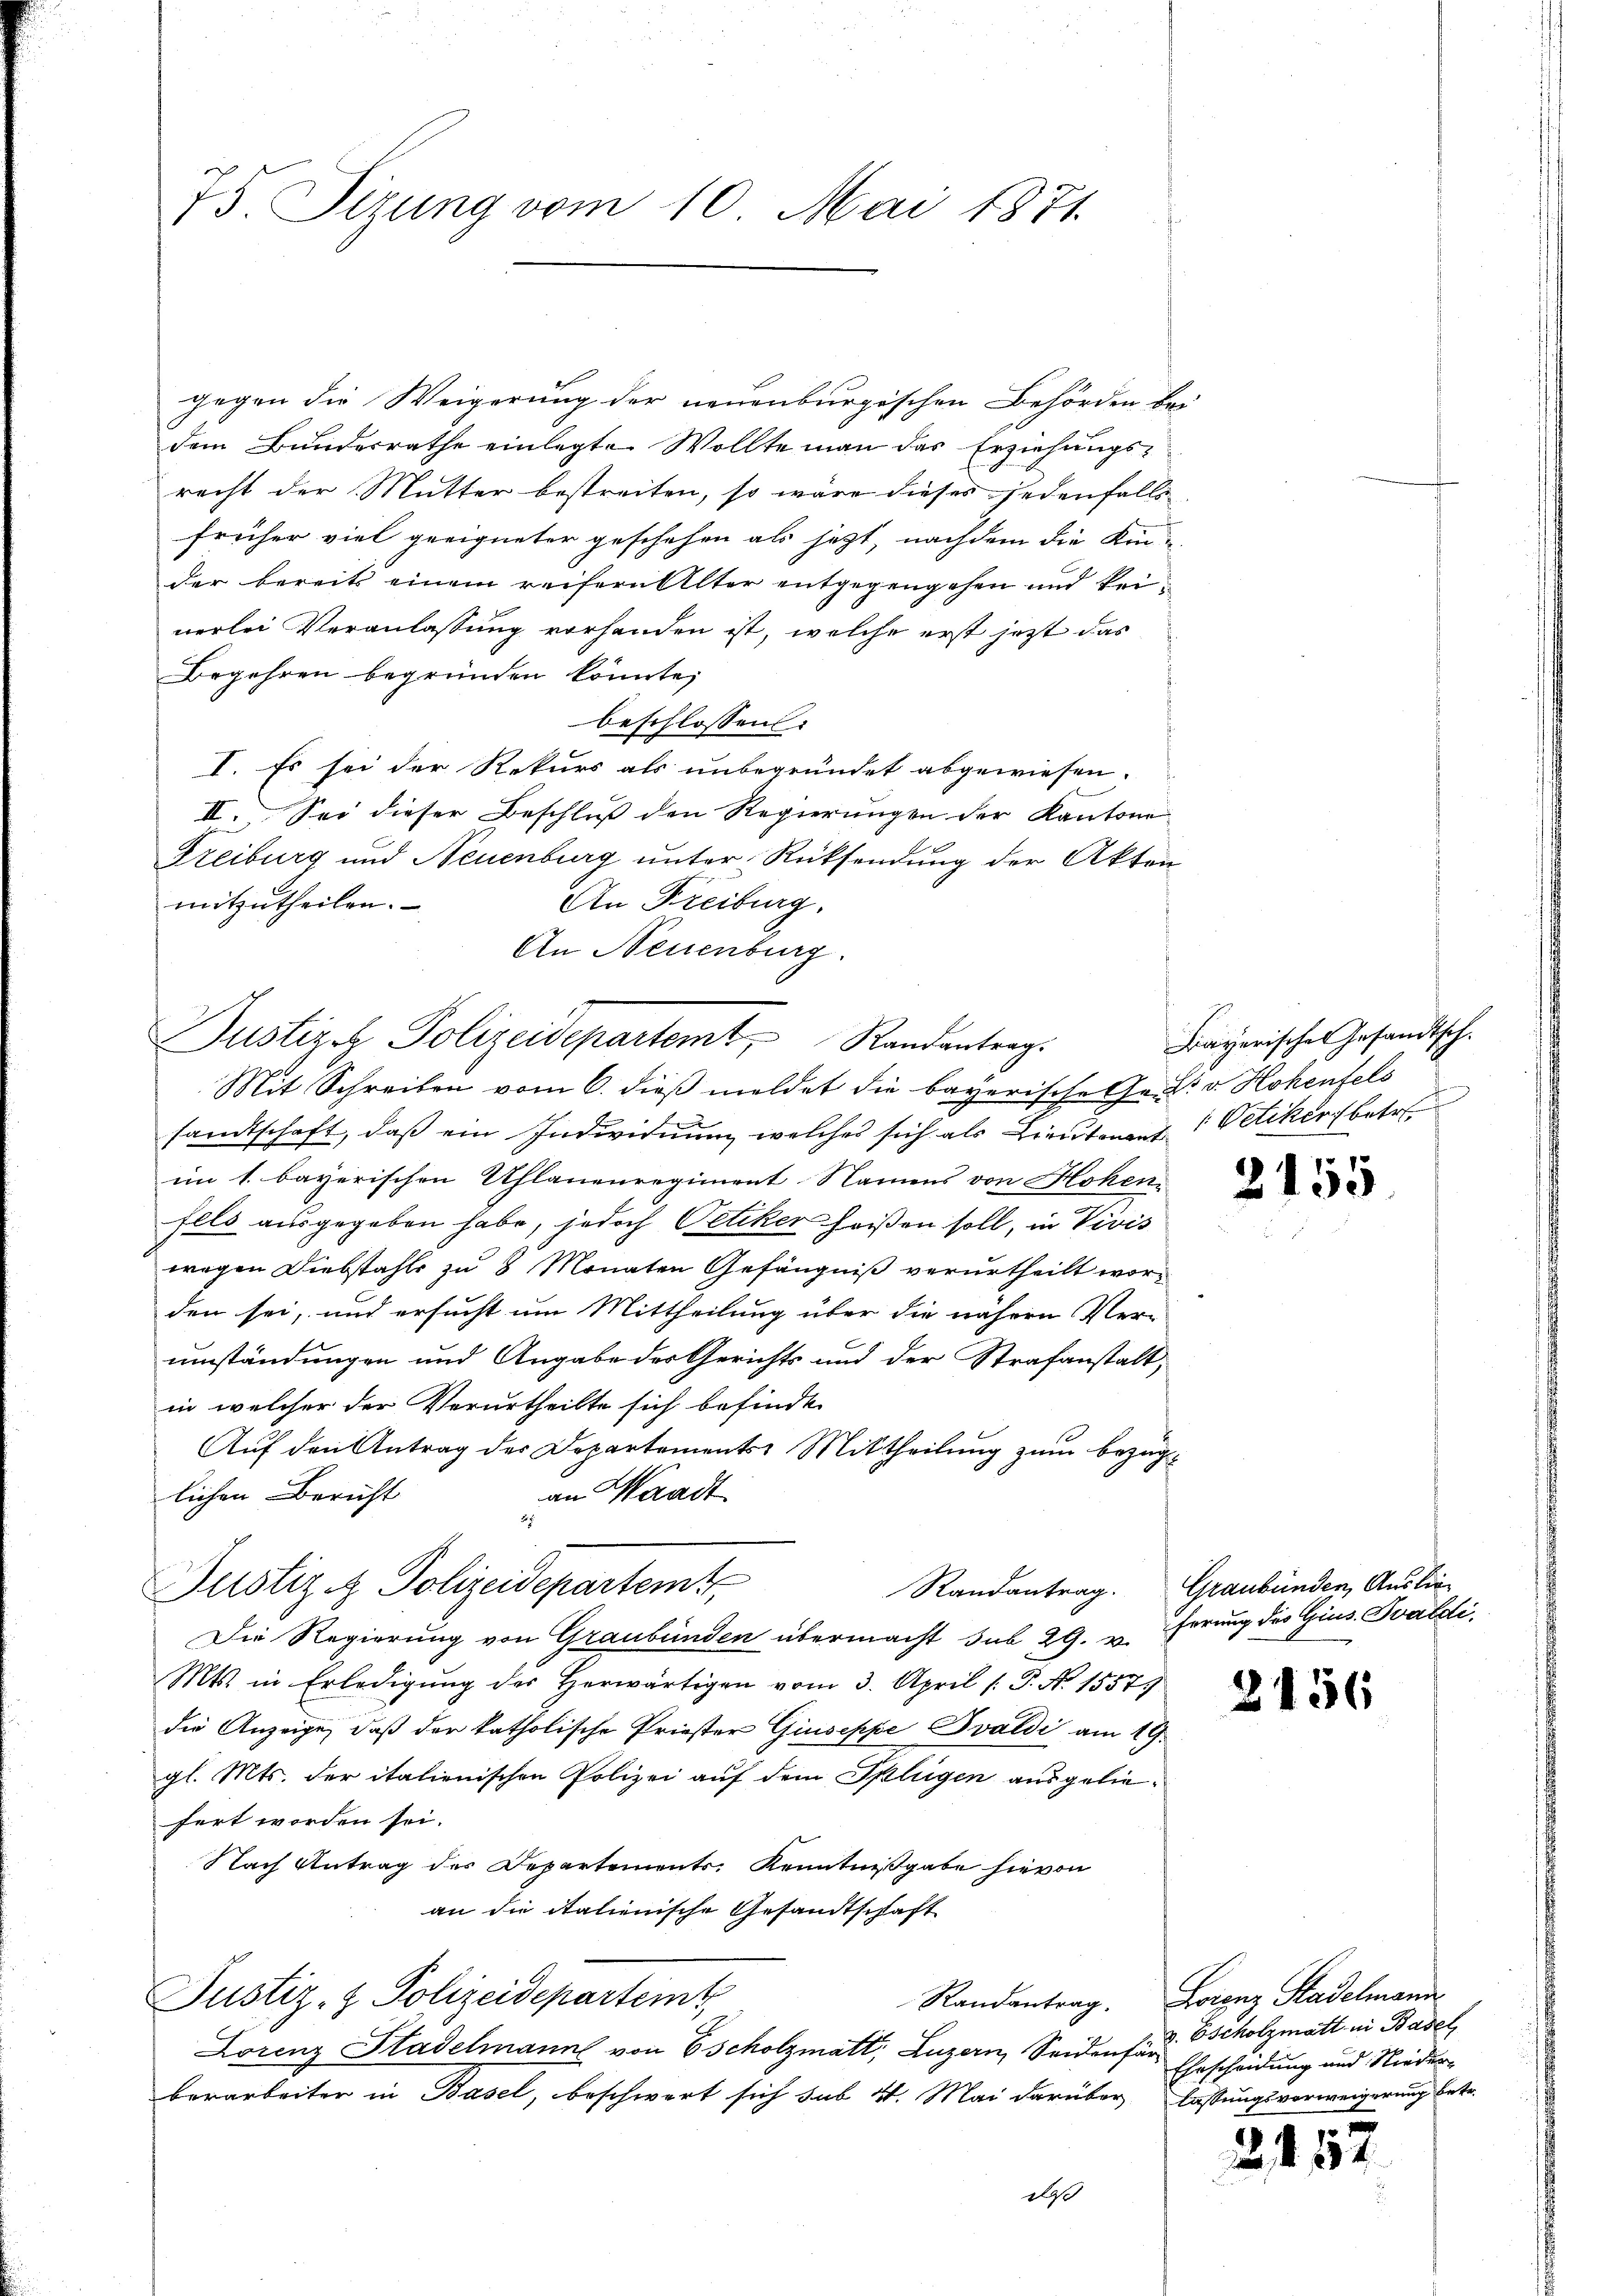
75. Sizung vom 10. Mai 1871.

gegen die Weigerung der neuenburgischen Behörden bei
dem Bundesrathe einlegte Wollte man das Erziehungs-
recht der Mutter bestreiten, so wäre dieses jedenfalls
früher viel geeigneter geschehen als jetzt, nachdem die Kin-
nerlei Veranlassung vorhanden ist, welche erst jetzt das
Begehren begründen könnte,
beschlossen:
I. Es sei der Rekurs als unbegründet abgewiesen.
. Sei dieser Beschluß den Regierungen der Kantone
Freiburg und Neuenburg unter Rücksendung der Akten
mitzutheilen.
An Freiburg.
An Neuenburg.
sandtschaft, daβ ein Individuum welches sich als Lieutenant Petiker betr.
im 1. bayerischen Uhlanenregiment Namens von Hohen
fels ausgegeben habe, jedoch Petiker heißen soll, in Vivis
wegen Diebstahls zu 8 Monaten Gefängniß verurtheilt worden sei, und ersucht um Mittheilung über die nähern Ver-
umständungen und Angabe des Gerichts und der Strafanstalt,
in welcher der Verurtheilte sich befinde
Auf den Antrag des Departements Mittheilung zum Bezugan Waadt
lichen Bericht
55. 7
Justiz & Polizeidepartem
Randantrag. Graubünden, Auslie¬
Die Regierung von Graubünden übermacht sub 29. v.
Mts. in Erledigung des Herwärtigen vom 3. April /: P. No 15579
die Anzeige, daß der katholische Priester Giuseppe Bvaldi am 19.
gl. Mts. der italienischen Polizei auf dem Splügen ausgeliefert worden sei.
Nach Antrag des Departements. Kenntnißgabe hievon
an die italienische Gesandtschaft
Justiz- & Polizeideparteint
Lorenz Stadelmann von Escholzmatt, Luzern, Seidenfär
berarbeiter in Basel, beschwert sich sub 4. Mai darüber lassungsverweigerung betr.
as

der bereits einem reifern Alter entgegengehen und kei¬

Justiz Polizeidepartemt, Randantrag:
Mit Schreiben vom 6. dieß meldet die bayerische Gr. R. v. Hohenfels

Bayerisches Gesandtsch.

2

155

ferung des Gius. Baldi

2456

Randantrag. Zeiger Stadelmann
v. Escholzmatt in Basel
Ehrscheidung und Nieder¬

2. 152